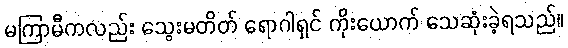
မကြာမီကလည်း သွေးမတိတ် ရောဂါရှင် ကိုးယောက် သေဆုံးခဲ့ရသည်။